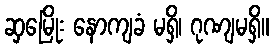
ဆှမြေိုး နောကျခံ မရှိ၊ ဂုဏျမရှိ။